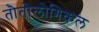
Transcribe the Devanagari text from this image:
तौतोलोगिकल